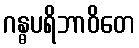
ဂန္ဓပရိဘာဝိတေ